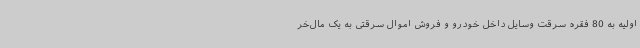
اولیه به 80 فقره سرقت وسایل داخل خودرو و فروش اموال سرقتی به یک مال‌خر